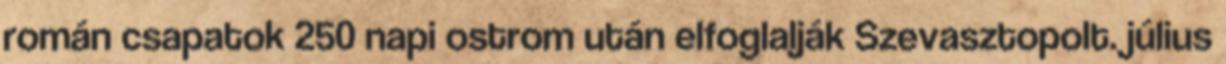
román csapatok 250 napi ostrom után elfoglalják Szevasztopolt. július